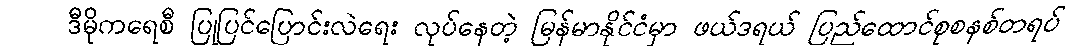
ဒီမိုကရေစီ ပြုပြင်ပြောင်းလဲရေး လုပ်နေတဲ့ မြန်မာနိုင်ငံမှာ ဖယ်ဒရယ် ပြည်ထောင်စုစနစ်တရပ်